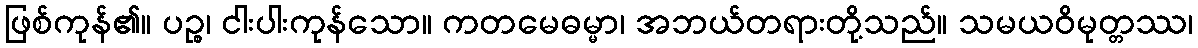
ဖြစ်ကုန်၏။ ပဉ္စ၊ ငါးပါးကုန်သော။ ကတမေဓမ္မာ၊ အဘယ်တရားတို့သည်။ သမယဝိမုတ္တဿ၊